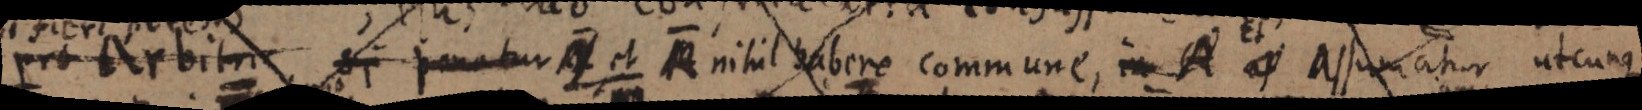
pro arbitur, si imatur nihil habere commune, in A es assumatur utcunque